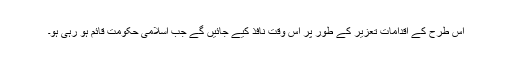
اس طرح کے اقدامات تعزیر کے طور پر اس وقت نافذ کیے جائیں گے جب اسلامی حکومت قائم ہو رہی ہو۔